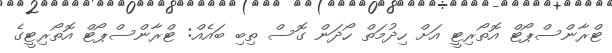
ޓްރާންސްޕޯޓް އޮތޯރިޓީ އަށް ހިދުމަތް ހޯދަން ގޮސް ތިބި ބައެއް: ޓްރާންސްޕޯޓް އޮތޯރިޓީގެ